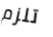
تلزم